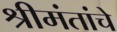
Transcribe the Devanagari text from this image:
श्रीमंतांचे